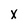
Character: X